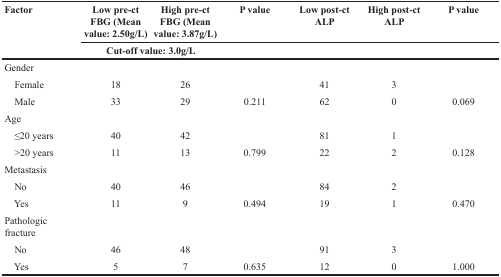
<table><thead><tr><td rowspan="2"><b>Factor</b></td><td><b>Low pre-ct FBG (Mean value: 2.50g/L)</b></td><td><b>High pre-ct FBG (Mean value: 3.87g/L)</b></td><td><b>P value</b></td><td><b>Low post-ct ALP</b></td><td><b>High post-ct ALP</b></td><td><b>P value</b></td></tr><tr><td colspan="2"><b>Cut-off value: 3.0g/L</b></td><td>[EMPTY_CELL]</td><td>[EMPTY_CELL]</td><td>[EMPTY_CELL]</td><td>[EMPTY_CELL]</td></tr></thead><tbody><tr><td>Gender</td><td>[EMPTY_CELL]</td><td>[EMPTY_CELL]</td><td>[EMPTY_CELL]</td><td>[EMPTY_CELL]</td><td>[EMPTY_CELL]</td><td>[EMPTY_CELL]</td></tr><tr><td> Female</td><td>18</td><td>26</td><td>[EMPTY_CELL]</td><td>41</td><td>3</td><td>[EMPTY_CELL]</td></tr><tr><td> Male</td><td>33</td><td>29</td><td>0.211</td><td>62</td><td>0</td><td>0.069</td></tr><tr><td>Age</td><td>[EMPTY_CELL]</td><td>[EMPTY_CELL]</td><td>[EMPTY_CELL]</td><td>[EMPTY_CELL]</td><td>[EMPTY_CELL]</td><td>[EMPTY_CELL]</td></tr><tr><td> ≤20 years</td><td>40</td><td>42</td><td>[EMPTY_CELL]</td><td>81</td><td>1</td><td>[EMPTY_CELL]</td></tr><tr><td> &gt;20 years</td><td>11</td><td>13</td><td>0.799</td><td>22</td><td>2</td><td>0.128</td></tr><tr><td>Metastasis</td><td>[EMPTY_CELL]</td><td>[EMPTY_CELL]</td><td>[EMPTY_CELL]</td><td>[EMPTY_CELL]</td><td>[EMPTY_CELL]</td><td>[EMPTY_CELL]</td></tr><tr><td> No</td><td>40</td><td>46</td><td>[EMPTY_CELL]</td><td>84</td><td>2</td><td>[EMPTY_CELL]</td></tr><tr><td> Yes</td><td>11</td><td>9</td><td>0.494</td><td>19</td><td>1</td><td>0.470</td></tr><tr><td>Pathologic fracture</td><td>[EMPTY_CELL]</td><td>[EMPTY_CELL]</td><td>[EMPTY_CELL]</td><td>[EMPTY_CELL]</td><td>[EMPTY_CELL]</td><td>[EMPTY_CELL]</td></tr><tr><td> No</td><td>46</td><td>48</td><td>[EMPTY_CELL]</td><td>91</td><td>3</td><td>[EMPTY_CELL]</td></tr><tr><td> Yes</td><td>5</td><td>7</td><td>0.635</td><td>12</td><td>0</td><td>1.000</td></tr></tbody></table>